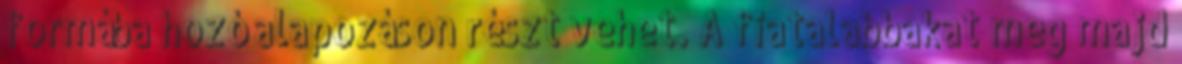
formába hozó alapozáson részt vehet. A fiatalabbakat meg majd